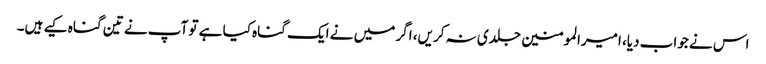
اس نے جواب دیا، امیرالمومنین جلدی نہ کریں، اگر میں نے ایک گناہ کیا ہے تو آپ نے تین گناہ کیے ہیں۔